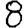
Digit: 8